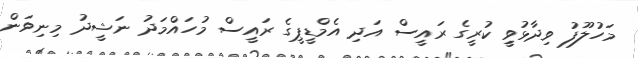
މަހުލޫފު ވިދާޅުވީި ކުރީގެ ރައީސް އަދި އެމްޑީޕީގެ ރައީސް މުހައްމަދު ނަޝީދު މިނިވަން